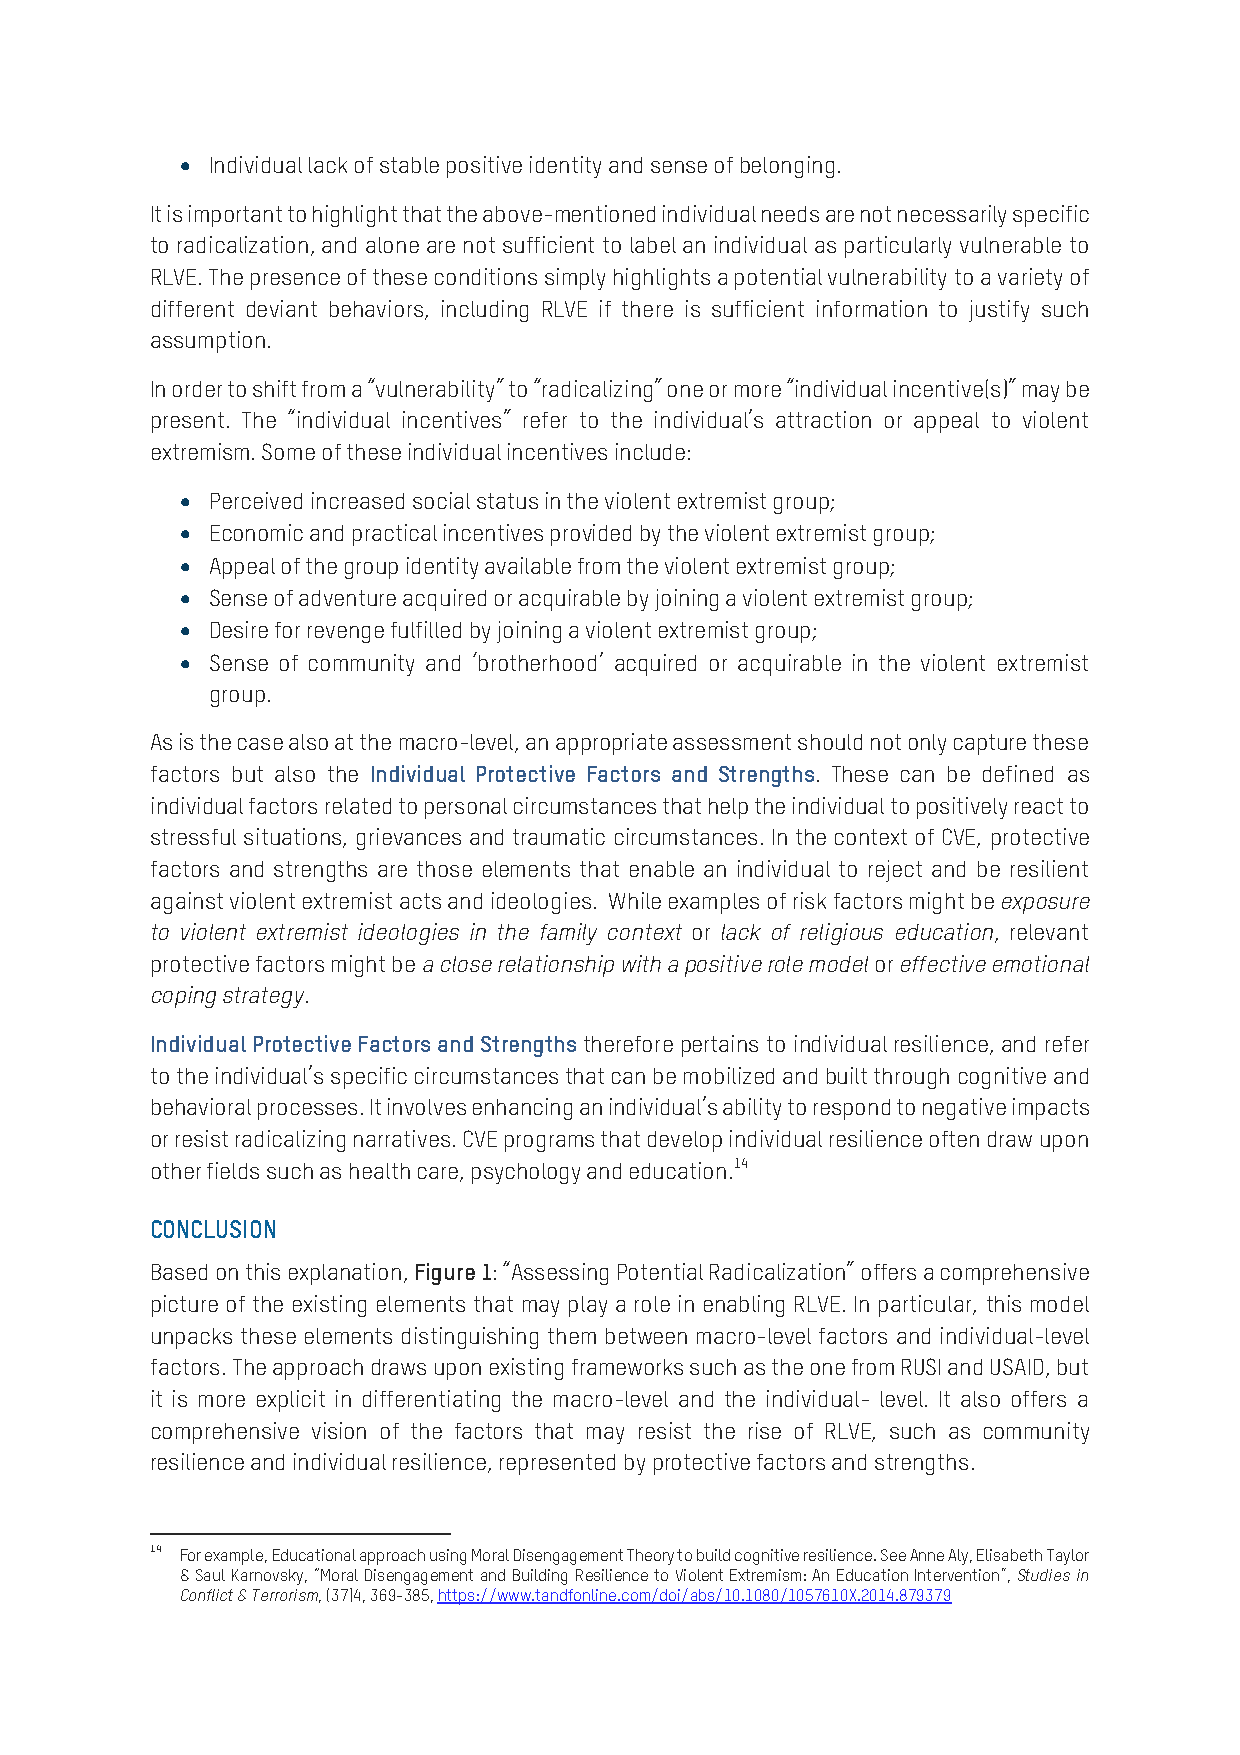
• Individual lack of stable positive identity and sense of belonging.
 It is important to highlight that the above-mentioned individual needs are not necessarily specific
 to radicalization, and alone are not sufficient to label an individual as particularly vulnerable to
 RLVE. The presence of these conditions simply highlights a potential vulnerability to a variety of
 different deviant behaviors, including RLVE if there is sufficient information to justify such
 assumption.
 In order to shift from a “vulnerability” to “radicalizing” one or more “individual incentive(s)” may be
 present. The “individual incentives” refer to the individual’s attraction or appeal to violent
 extremism. Some of these individual incentives include:
 • Perceived increased social status in the violent extremist group;
 • Economic and practical incentives provided by the violent extremist group;
 • Appeal of the group identity available from the violent extremist group;
 • Sense of adventure acquired or acquirable by joining a violent extremist group;
 • Desire for revenge fulfilled by joining a violent extremist group;
 • Sense of community and ‘brotherhood’ acquired or acquirable in the violent extremist
 group.
 As is the case also at the macro-level, an appropriate assessment should not only capture these
 factors but also the Individual Protective Factors and Strengths. These can be defined as
 individual factors related to personal circumstances that help the individual to positively react to
 stressful situations, grievances and traumatic circumstances. In the context of CVE, protective
 factors and strengths are those elements that enable an individual to reject and be resilient
 against violent extremist acts and ideologies. While examples of risk factors might be exposure
 to violent extremist ideologies in the family context or lack of religious education, relevant
 protective factors might be a close relationship with a positive role model or effective emotional
 coping strategy.
 Individual Protective Factors and Strengths therefore pertains to individual resilience, and refer
 to the individual’s specific circumstances that can be mobilized and built through cognitive and
 behavioral processes. It involves enhancing an individual’s ability to respond to negative impacts
 or resist radicalizing narratives. CVE programs that develop individual resilience often draw upon
 other fields such as health care, psychology and education.14
 CONCLUSION
 Based on this explanation, Figure 1: “Assessing Potential Radicalization” offers a comprehensive
 picture of the existing elements that may play a role in enabling RLVE. In particular, this model
 unpacks these elements distinguishing them between macro-level factors and individual-level
 factors. The approach draws upon existing frameworks such as the one from RUSI and USAID, but
 it is more explicit in differentiating the macro-level and the individual- level. It also offers a
 comprehensive vision of the factors that may resist the rise of RLVE, such as community
 resilience and individual resilience, represented by protective factors and strengths.
 14 For example, Educational approach using Moral Disengagement Theory to build cognitive resilience. See Anne Aly, Elisabeth Taylor
 & Saul Karnovsky, “Moral Disengagement and Building Resilience to Violent Extremism: An Education Intervention”, Studies in
 Conflict & Terrorism, (37)4, 369-385, https://www.tandfonline.com/doi/abs/10.1080/1057610X.2014.879379